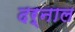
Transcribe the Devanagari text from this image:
दर्नाल